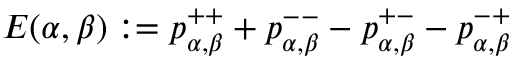
E ( \alpha , \beta ) : = p _ { \alpha , \beta } ^ { + + } + p _ { \alpha , \beta } ^ { -- } - p _ { \alpha , \beta } ^ { + - } - p _ { \alpha , \beta } ^ { - + }